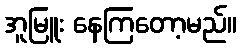
အူမြူး နေကြတော့မည်။